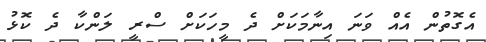
އެގޮތުން އެއް ވަނަ އިނާމަކަށް ދެ މީހަކަށް ސްރީ ލަންކާ ދެ ކޮޅު